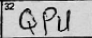
Transcription: QPU